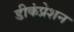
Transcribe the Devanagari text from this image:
डीकंप्रेशन